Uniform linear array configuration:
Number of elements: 4
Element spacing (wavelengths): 0.25
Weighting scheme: cosine
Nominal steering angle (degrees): -45
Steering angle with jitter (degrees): -46.213
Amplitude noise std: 0.05
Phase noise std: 0.05

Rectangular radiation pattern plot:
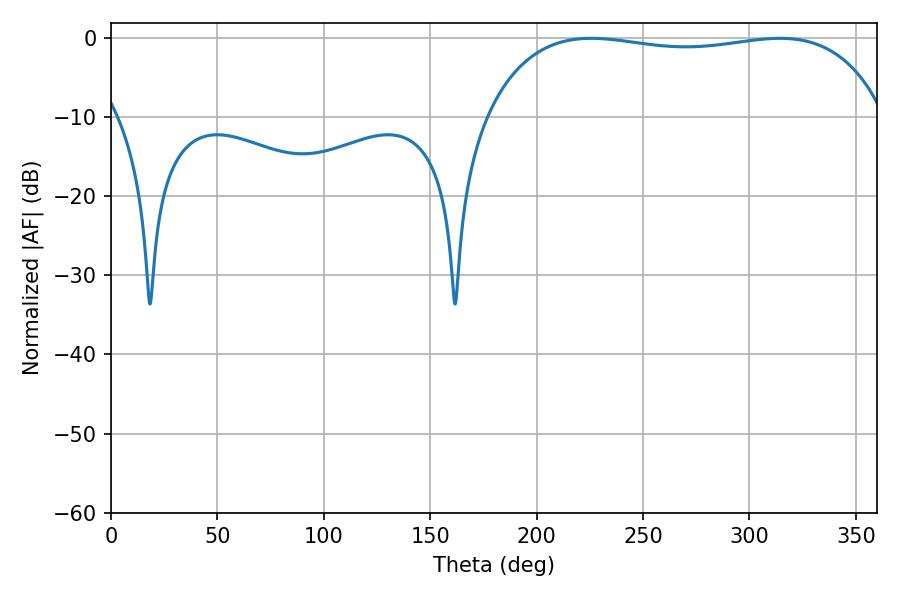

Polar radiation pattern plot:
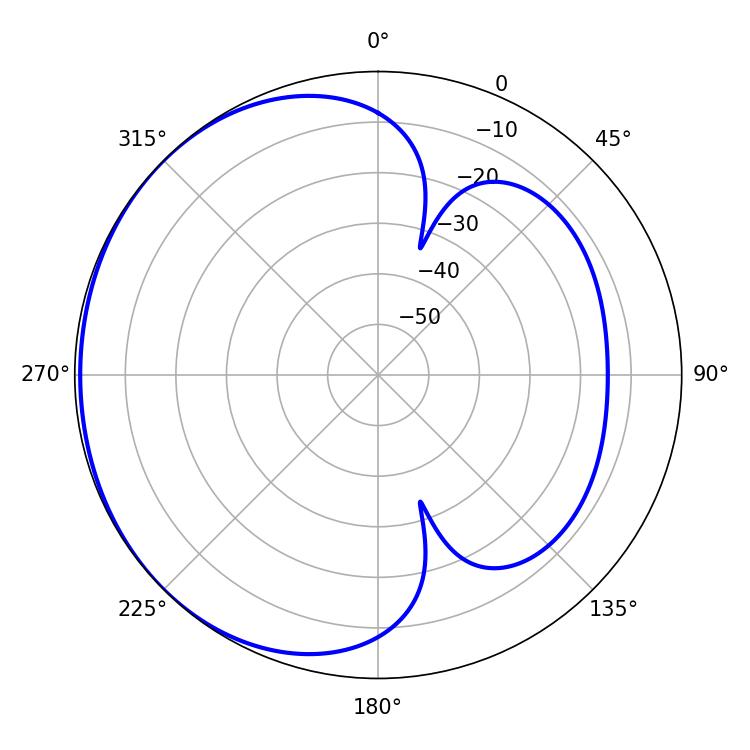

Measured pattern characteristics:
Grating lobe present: FALSE
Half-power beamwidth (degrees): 150.84
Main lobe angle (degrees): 225.54